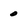
Character: 0